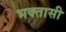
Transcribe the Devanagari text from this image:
भक्तासी